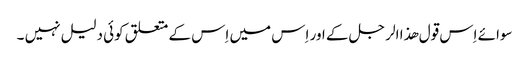
سوائے اِس قول ھذا الر جل کے اور اِس میں اِس کے متعلق کوئی دلیل نہیں ۔